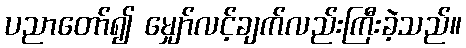
ပညာတော်၍ မျှော်လင့်ချက်လည်းကြီးခဲ့သည်။